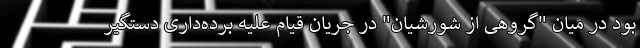
بود در میان "گروهی از شورشیان" در جریان قیام علیه برده‌داری دستگیر